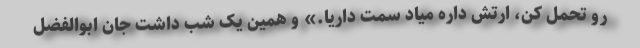
رو تحمل کن، ارتش داره میاد سمت داریا.» و همین یک شب داشت جان ابوالفضل